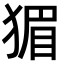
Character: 猸